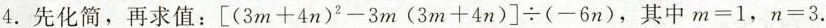
4.先化简，再求值：$$\left [(3m+4n)^{2}-3m(3m+4n)\right ]\div (-6n)$$，其中$$m=1$$，$$n=3$$.